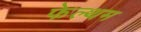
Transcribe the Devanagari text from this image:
फेल्थम